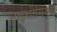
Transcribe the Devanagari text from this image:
ट्राइथीमियस